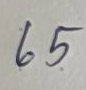
65